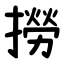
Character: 撈